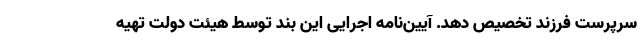
سرپرست فرزند تخصیص دهد. آیین‌نامه اجرایی این بند توسط هیئت دولت تهیه